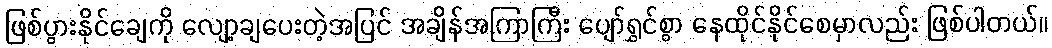
ဖြစ်ပွားနိုင်ချေကို လျော့ချပေးတဲ့အပြင် အချိန်အကြာကြီး ပျော်ရွှင်စွာ နေထိုင်နိုင်စေမှာလည်း ဖြစ်ပါတယ်။